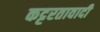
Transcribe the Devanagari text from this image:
कट्टरतावादी